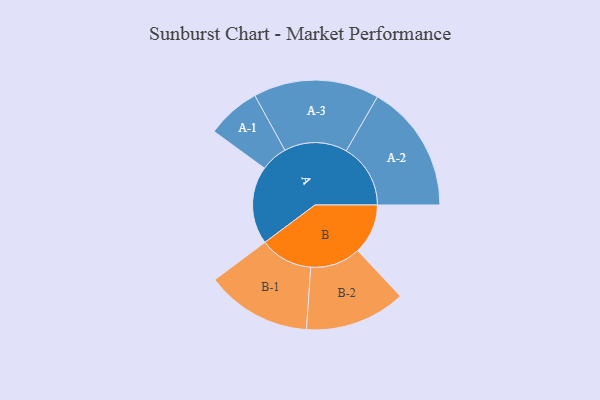
{"axis": {"x": "Segment", "y": "Value"}, "legend": ["", "A", "B"], "data": [{"x": "A", "y": 348, "type": ""}, {"x": "B", "y": 224, "type": ""}, {"x": "A-1", "y": 120, "type": "A"}, {"x": "A-2", "y": 287, "type": "A"}, {"x": "A-3", "y": 281, "type": "A"}, {"x": "B-1", "y": 236, "type": "B"}, {"x": "B-2", "y": 225, "type": "B"}]}